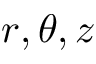
r , \theta , z